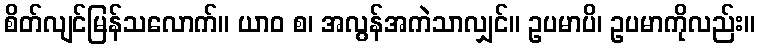
စိတ်လျင်မြန်သလောက်။ ယာဝ စ၊ အလွန်အကဲသာလျှင်။ ဥပမာပိ၊ ဥပမာကိုလည်း။